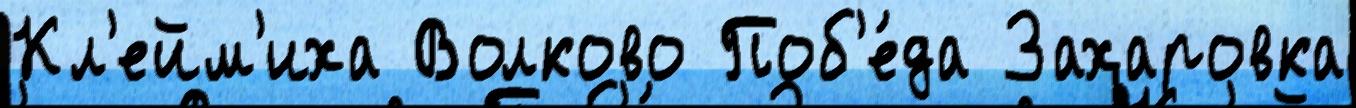
Кл'ейм'иха Волково Поб'е́да Захаровка